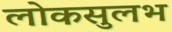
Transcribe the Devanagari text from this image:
लोकसुलभ